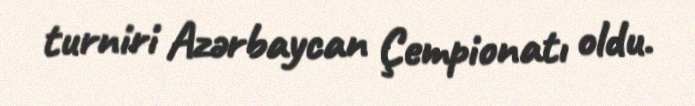
turniri Azərbaycan Çempionatı oldu.